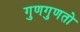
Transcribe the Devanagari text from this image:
गुणगुणतो